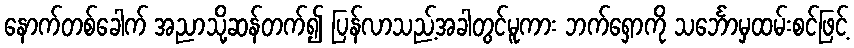
နောက်တစ်ခေါက် အညာသို့ဆန်တက်၍ ပြန်လာသည့်အခါတွင်မူကား ဘက်ရှောကို သင်္ဘောမှထမ်းစင်ဖြင့်